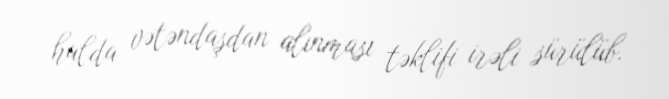
halda vətəndaşdan alınması təklifi irəli sürülüb.